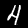
Digit: 4